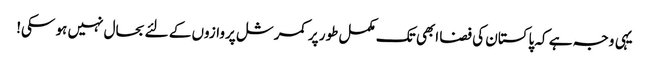
یہی وجہ ہے کہ پاکستان کی فضا ابھی تک مکمل طور پر کمرشل پروازوں کے لئے بحال نہیں ہو سکی!